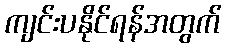
ကျင်းပနိုင်ရန်အတွက်